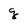
Character: g